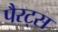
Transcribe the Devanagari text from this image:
पैरट्स